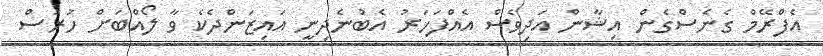
އެފްރޭމް ގެނެސްގެން އިޝާން އަދިވެސް އެއްފަހަރު އެބުނެދިނީ އައިޒަންދެކެ ވާ ލޯއްބަށް ހުރަސް